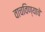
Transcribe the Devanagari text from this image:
वाचविण्याचे